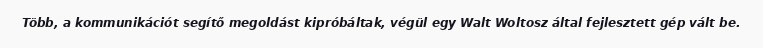
Több, a kommunikációt segítő megoldást kipróbáltak, végül egy Walt Woltosz által fejlesztett gép vált be.